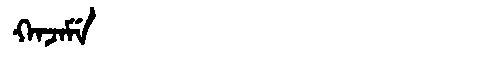
Manchu: ᡴᠠᠵᠠᠮᡝ
Romanization: KAJAME